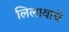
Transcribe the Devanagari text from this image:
लिलावाचे